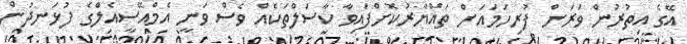
އޭގެ އިތުރުން ވަރަށް ފުރިހަމައަށް ތައްޔާރުކޮށްފައިވާ ކާސަލްތަކެއް ވެސް ވަނީ އެމްއޭސީއެލްގެ ފުޅަނދުން